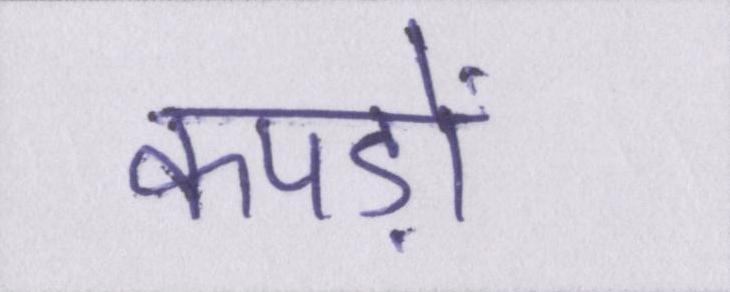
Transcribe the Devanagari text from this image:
कपड़ों